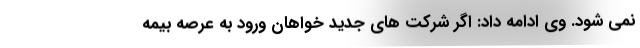
نمی شود. وی ادامه داد: اگر شرکت های جدید خواهان ورود به عرصه بیمه